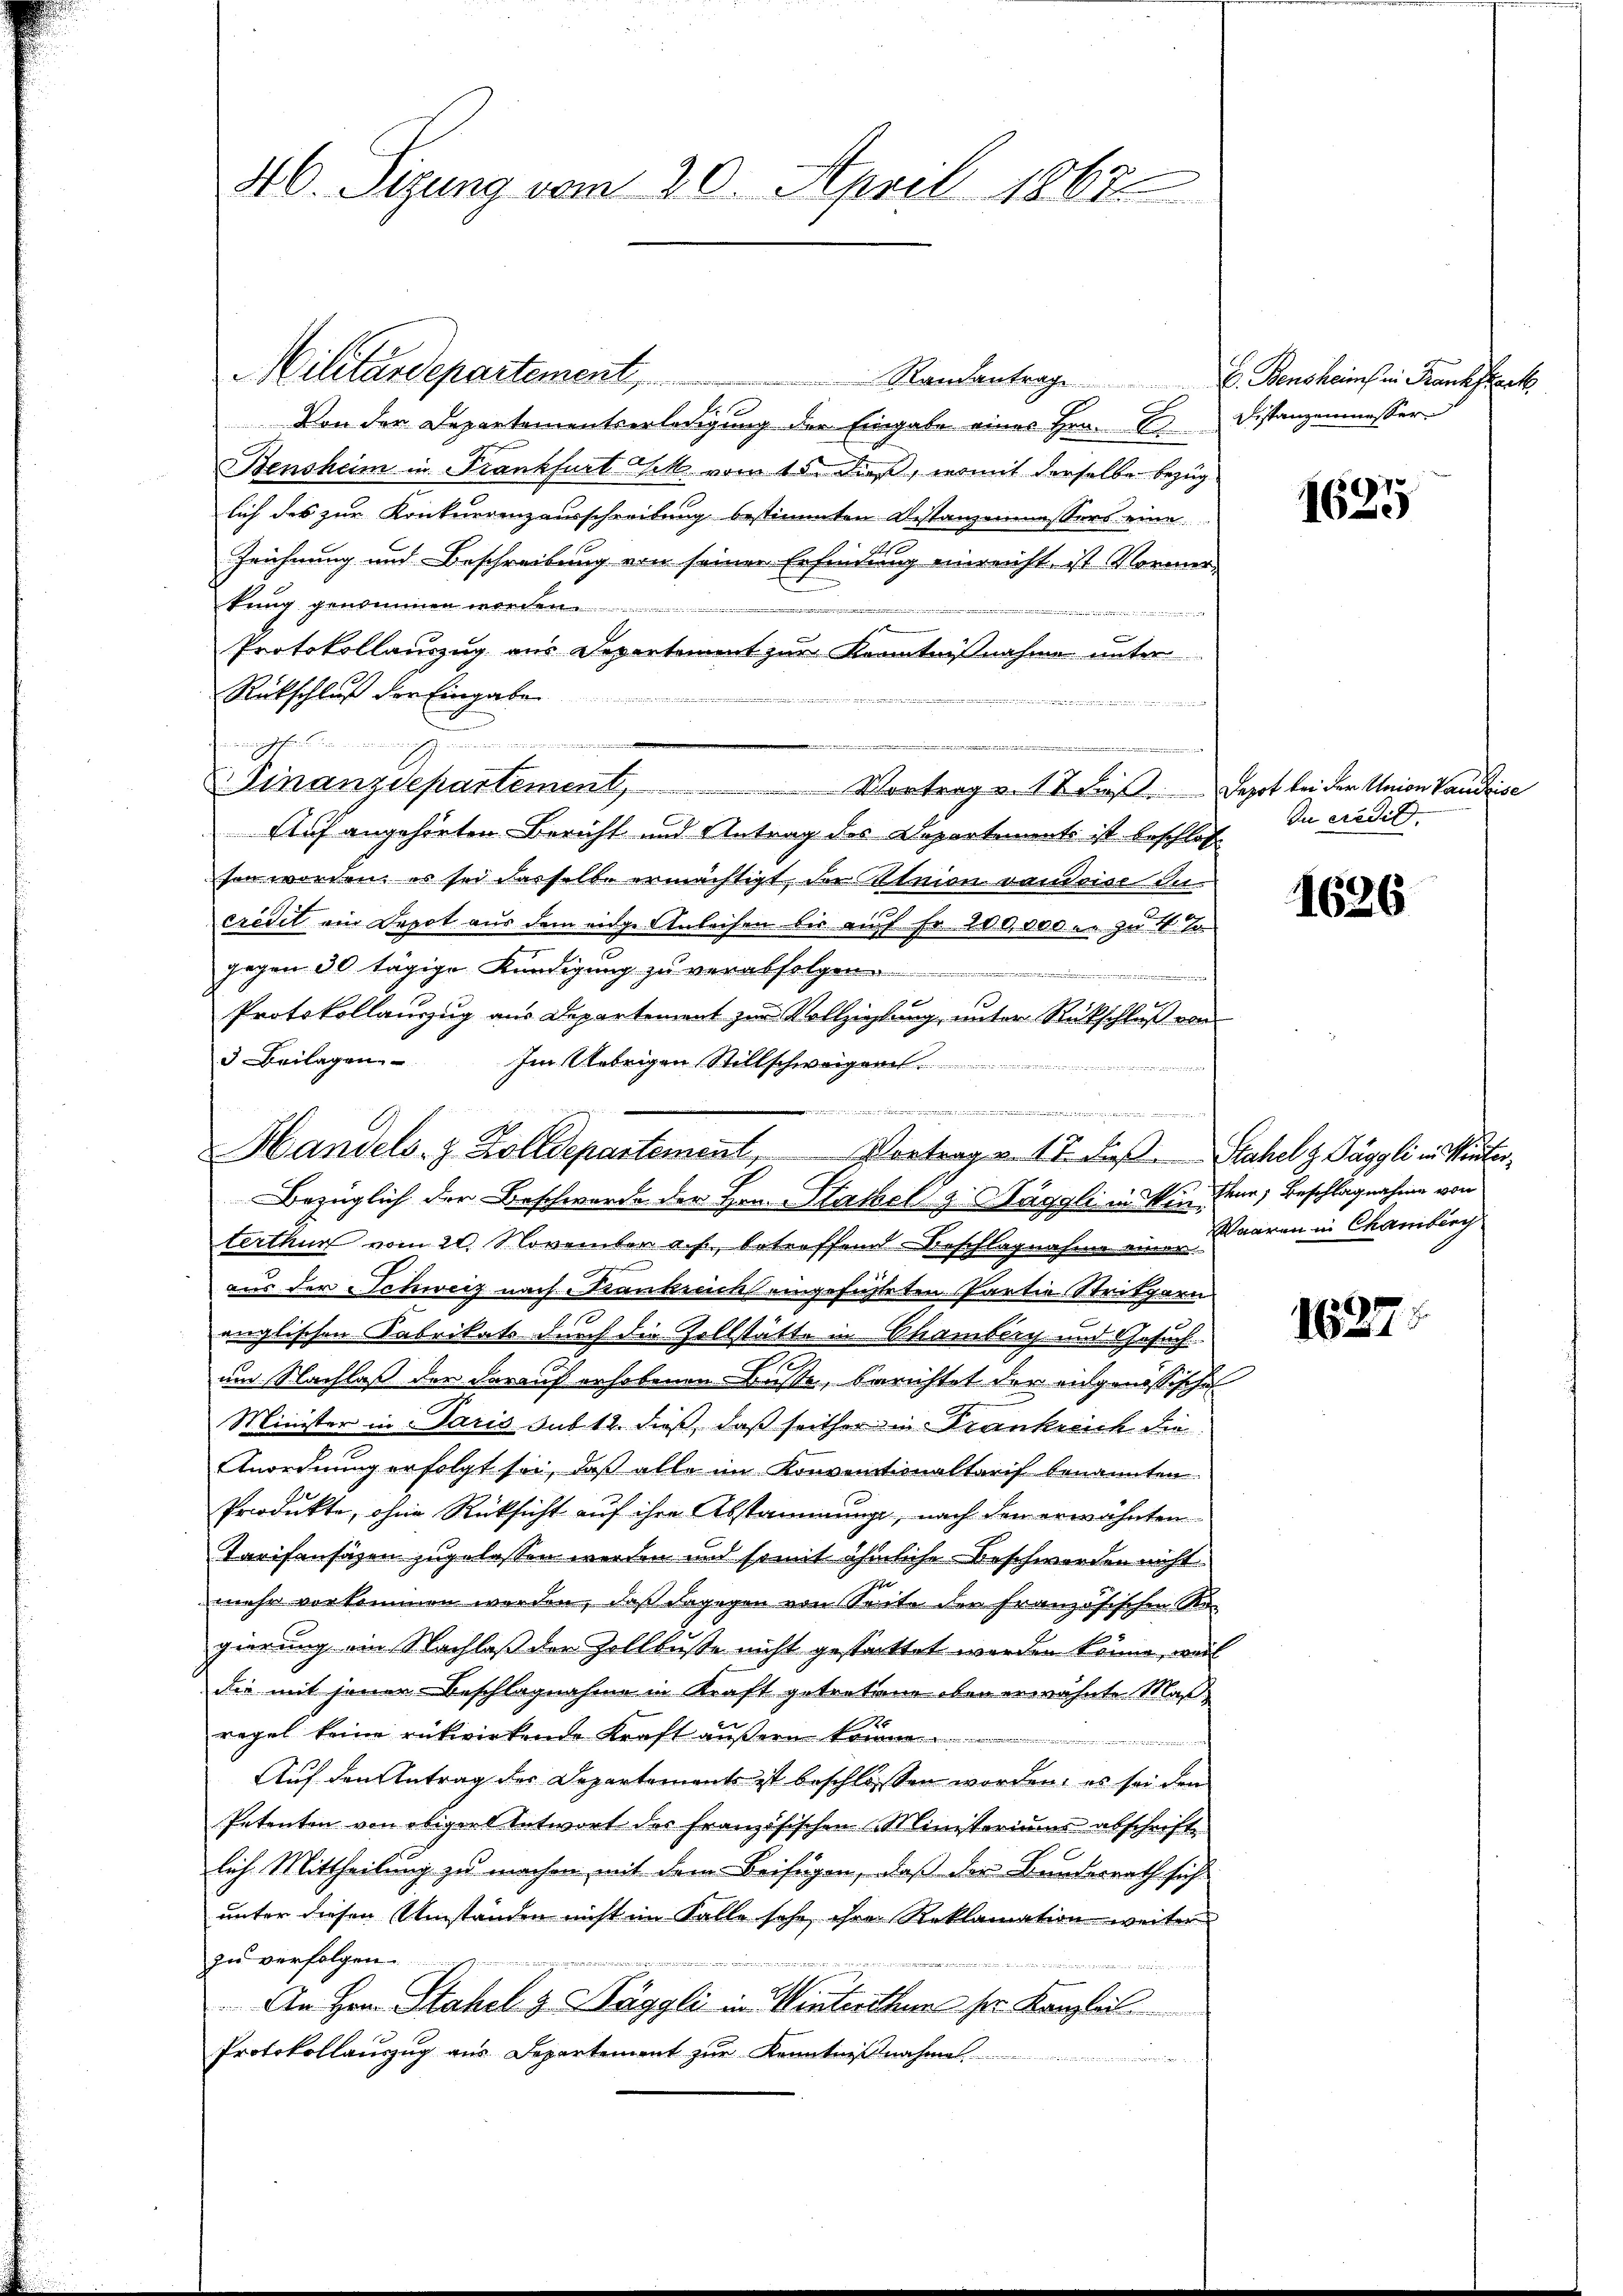
46. Sizung vom 20. April 1867

Militärdepartement,
Von der Departementserledigung der Eingabe eines Hrn. Es Distanzenmesser
Bensheim in Frankfurt sel. vom 15. dieß, womit derselbe bezug
lich des zur Konknerenzausschreibung bestimmten Distanzenmessers eine
Zeichnung und Beschreibung von seiner Erfindung einreicht ist Vormertung genommen worden.
m
ein
n
Protokollauszug aus Departement zur Kenntnißnahme unter
Rückschluß der Eingabe
i

.
Finanzdepartement, Vortrag v. 18 dieβ Depot bei der Union Vaudoise
Auf angehörten Bericht und Antrag des Departements ist beschlos
sen worden, es sei dasselbe ermächtigt, der Senion vaudoise In
credit ein Depot aus dem eige Anleihen bis auf Fr. 200,000 zu 4. Ja
gegen 30 tägige Kündigung zu verabfolgen.................................................
f
Protokollauszug aus Departement zur Vollziehung, unter Rückschluß von
3 Beilagen. Im Uebrigen Stillschweigen
e
Bezüglich der Beschwerde der Hrn. Makel z. Häggli in Winder, Beschlagnahme von
terthur vom 21. November a. s. betreffend Beschlagnahme einer
aus der Schweiz nach Frankreich eingefühlten Partie Stritzern
englischen Kabrikats durch die Zollstätte in Chamberg und Gesuch
um Nachlaß der darauf erhobenen Busse, berichtet der eingenössische
Minister in Paris sub 12. dieß, daß seither ein Krankent die
Anordnung erfolgt sei, daß alle im Konventionaltarif benannten
Produkte, ohne Rücksicht auf ihre Abstammung, nach den erwähnten
Tarifensäzen zugelassen werden und somit ähnliche Beschwerden nicht
Jl
mehr vorkommen worden, daß dagegen von Seite der französischen Kogierung ein Nachlaß der Zollbusse nicht gestattet werden könne, weil
die mit jener Beschlagnahme in Kraft getretene den erwähnte Maßregel keine rükwirkende Kraft äußern
e
Auf den Antrag der Departements ist beschlossen worden, es sei den
Petenten von obigen Antwort der französischen Ministeriums abschrift
lich Mittheilung zu machen mit dem Beifügen, daß der Bundesrath sich
unter diesen Umständen nicht im Falle sehr ihre Reklamation weiter
zu verfolgen.
in
An Hrn. Stahel & Jäggli in Winterthur herr Kanzlei
Protokollauszug aus Departement zŭr Kenntniβnahme .........................

Handels. z. Zolldepartement, Vortrag v. 17. Jos. Stahel z Päggli in Winter¬

Randantrag C. Bensheims in Frankfack

1627

In credit.

1626

Waaren in Chamberg

1627